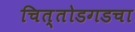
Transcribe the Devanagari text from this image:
चित्तोडगडचा